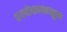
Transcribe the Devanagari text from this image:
श्लोकापासून